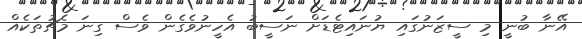
އޭނާ ބުނީ މި ސީޒަނުގައި ޔުނައިޓެޑަށް ނަސީބު އެހީނުވެގެން ވެސް ގިނަ މެޗުތަކެއް